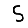
Digit: 5